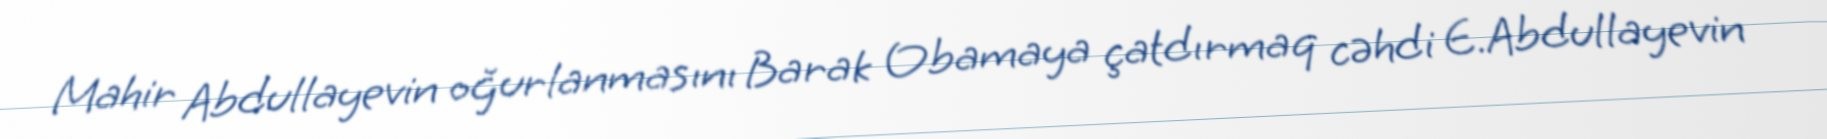
Mahir Abdullayevin oğurlanmasını Barak Obamaya çatdırmaq cəhdi E.Abdullayevin